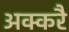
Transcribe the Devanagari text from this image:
अक्करै